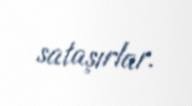
sataşırlar.